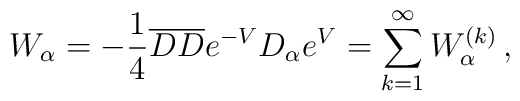
W_{\alpha}=-\frac{1}{4} {\overline D}{\overline D} e^{-V}	D_{\alpha}e^{V}=\sum_{k=1}^{\infty} W_{\alpha}^{(k)} \, ,